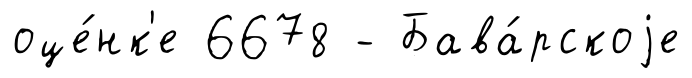
оце́нк'е 6678 - Бава́рскоjе